Vaccination United Provinces of Agra and Oudh 1923-1928 - 1923-1928
Year: 1923
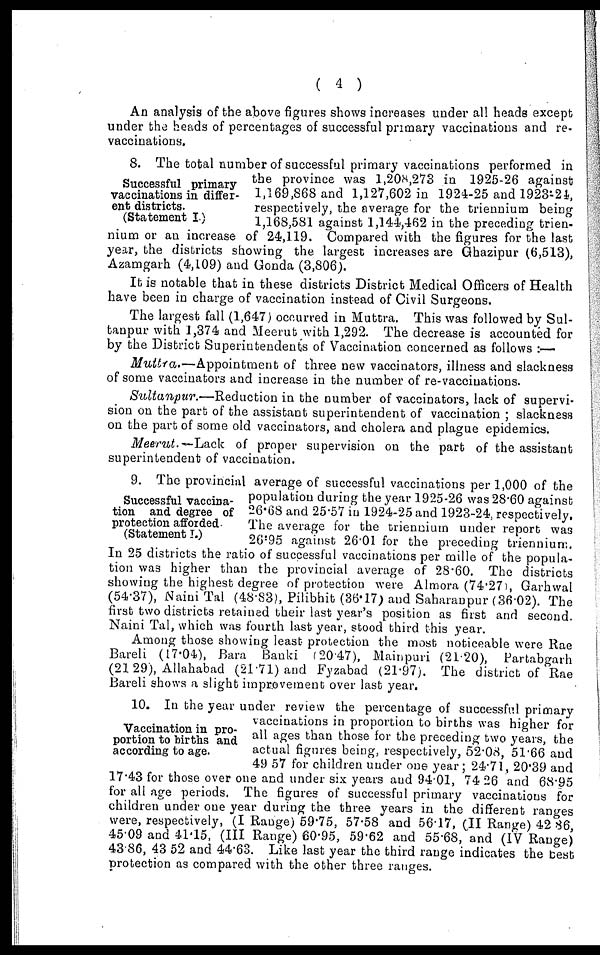
( 4 )
An analysis of the above figures shows increases under all heads except
under the heads of percentages of successful primary vaccinations and re-
vaccinations.
Successful primary
vaccinations in differ-
ent districts.
(Statement I.)
8. The total number of successful primary vaccinations performed in
the province was 1,208,273 in 1925-26 against
1,169,868 and 1,127,602 in 1924-25 and 1923-24,
respectively, the average for the triennium being
1,168,581 against 1,144,462 in the preceding trien-
nium or an increase of 24,119. Compared with the figures for the last
year, the districts showing the largest increases are Ghazipur (6,513),
Azamgarh (4,109) and Gonda (3,806).
It is notable that in these districts District Medical Officers of Health
have been in charge of vaccination instead of Civil Surgeons.
The largest fall (1,647) occurred in Muttra. This was followed by Sul¬
tanpur with 1,374 and Meerut with 1,292. The decrease is accounted for
by the District Superintendents of Vaccination concerned as follows :—
Muttra.—Appointment
of three new vaccinators, illness and slackness
of some vaccinators and increase in the number of re-vaccinations.
Sultanpur.—Reduction
in the number of vaccinators, lack of supervi-
sion on the part of the assistant superintendent of vaccination ; slackness
on the part of some old vaccinators, and cholera and plague epidemics.
Meerut. —Lack of proper supervision on the part of the assistant
superintendent of vaccination.
Successful vaccina-
tion and degree of
protection afforded.
(Statement I.)
9. The provincial average of successful vaccinations per 1,000 of the
population during the year 1925-26 was 28.60 against
26.68 and 25.57 in 1924-25 and 1923-24, respectively.
The average for the triennium under report was
26.95 against 26.01 for the preceding triennium.
In 25 districts the ratio of successful vaccinations per mille of the popula-
tion was higher than the provincial average of 28.60. The districts
showing the highest degree of protection were Almora (74.27), Garhwal
(54.37), Naini Tal (48.83), Pilibhit (36.17) and Saharanpur (36.02). The
first two districts retained their last year's position as first and second.
Naini Tal, which was fourth last year, stood third this year.
Among those showing least protection the most noticeable were Rae
Bareli (17.04), Bara Banki (20.47), Mainpuri (21.20), Partabgarh
(21.29), Allahabad (21.71) and Fyzabad (21.97). The district of Rae
Bareli shows a slight improvement over last year.
Vaccination in pro-
portion to births and
according to age.
10. In the year under review the percentage of successful primary
vaccinations in proportion to births was higher for
all ages than those for the preceding two years, the
actual figures being, respectively, 52.08, 51.66 and
49.57 for children under one year; 24.71, 20.39 and
17.43 for those over one and under six years and 94.01, 74.26 and 68.95
for all age periods. The figures of successful primary vaccinations for
children under one year during the three years in the different ranges
were, respectively, (I Range) 59.75, 57.58 and 56.17, (II Range) 42.86,
45.09 and 41.15, (III Range) 60.95, 59.62 and 55.68, and (IV Range)
43.86, 43.52 and 44.63. Like last year the third range indicates the best
protection as compared with the other three ranges.